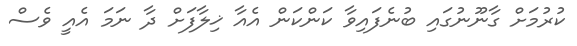
ކުރުމަށް ގާނޫނުގައި ބުނެފައިވާ ކަންކަން އެއާ ޚިލާފަށް ދާ ނަމަ އެއީ ވެސް